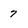
Character: 7